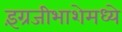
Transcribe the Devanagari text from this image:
इंग्रजीभाशेमध्ये